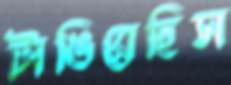
টাঙিয়েছিস